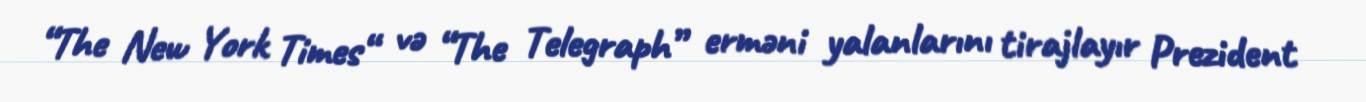
“The New York Times“ və “The Telegraph” erməni yalanlarını tirajlayır Prezident